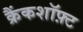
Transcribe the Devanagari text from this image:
क्रैंकशॉफ़्ट